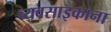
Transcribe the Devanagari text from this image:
व्यवसाइकाना